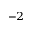
^ { - 2 }